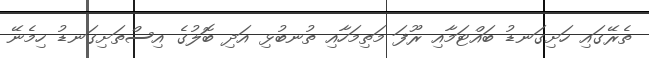
ތެރޭގައި ހަށިގަނޑު ބައްޓަމާއި ރޫފަ މަތިމަހާއި ތުނބުޅި އަދި ބޮލުގެ އިސްތަށިގަނޑު ހިމެނޭ